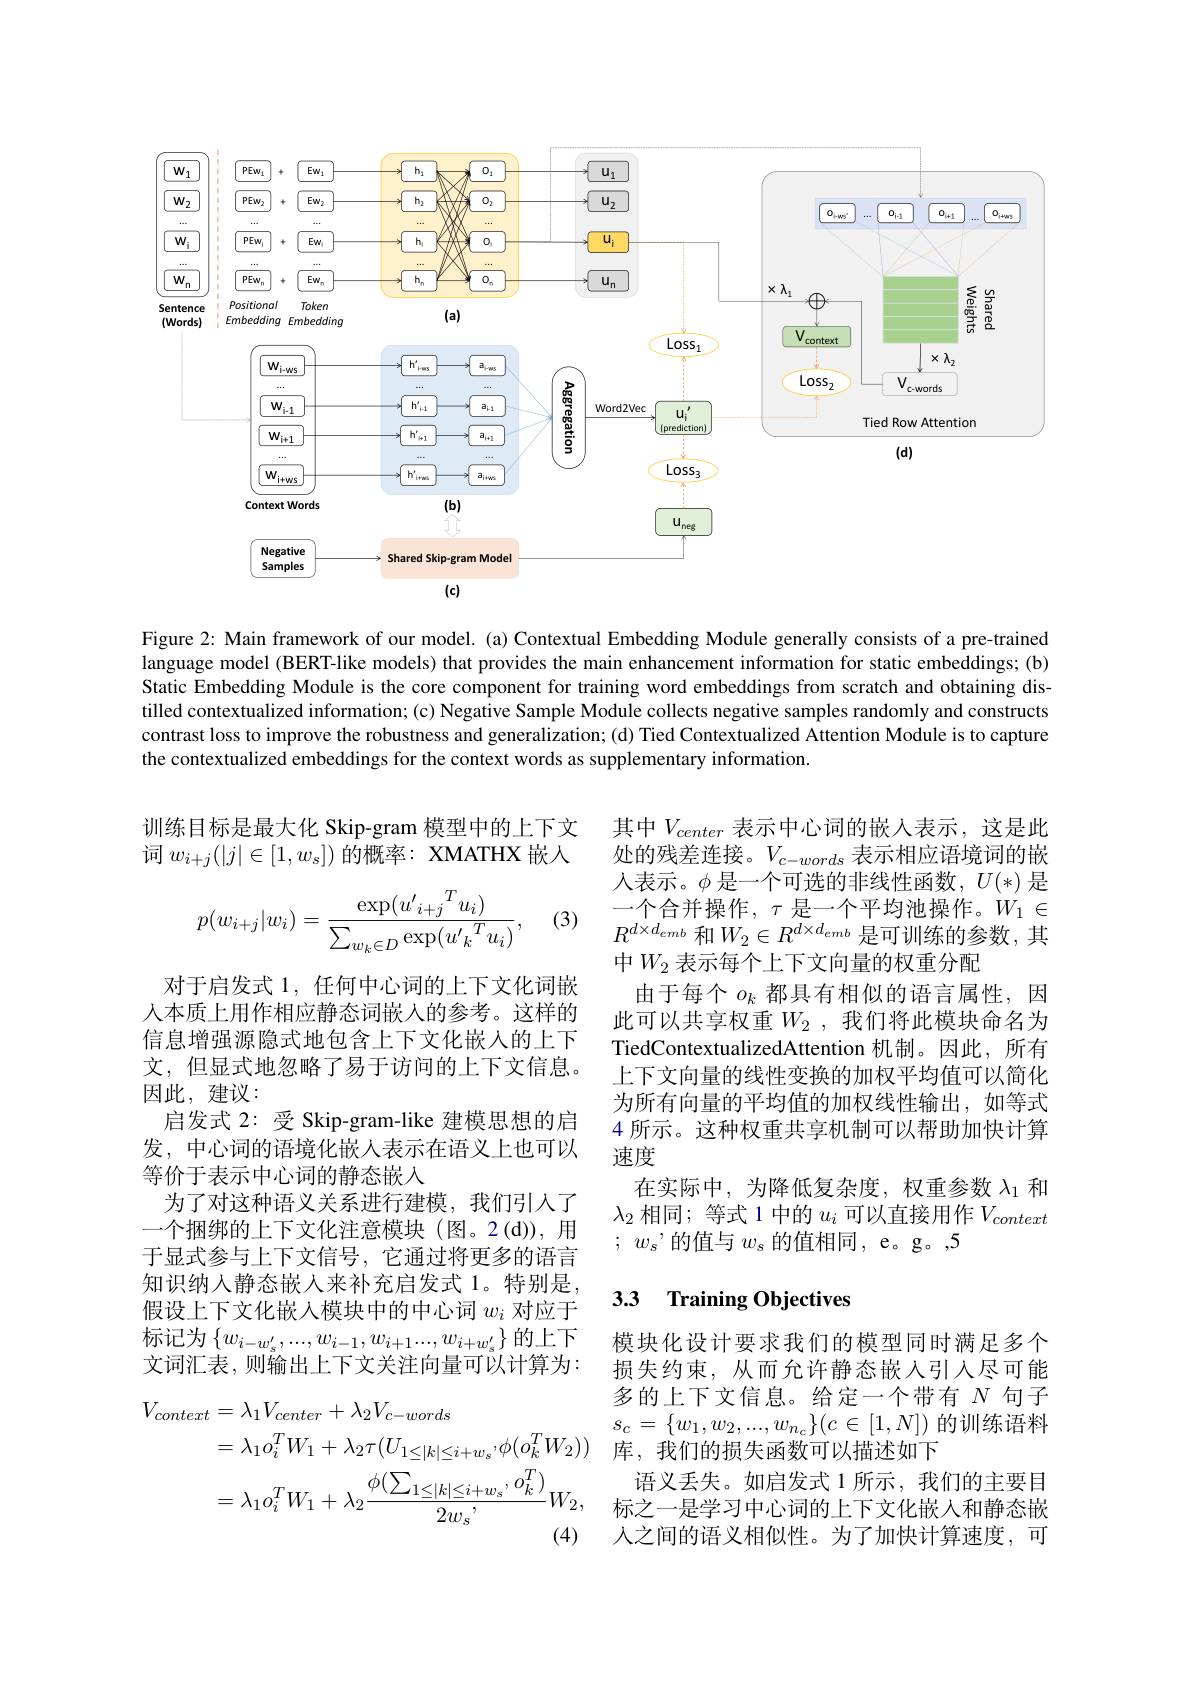
<FigureHere>

Figure 2: Main framework of our model. (a) Contextual Embedding Module generally consists of a pre-trained language model (BERT-like models) that provides the main enhancement information for static embeddings; (b) Static Embedding Module is the core component for training word embeddings from scratch and obtaining distilled contextualized information; (c) Negative Sample Module collects negative samples randomly and constructs contrast loss to improve the robustness and generalization; (d) Tied Contextualized Attention Module is to capture the contextualized embeddings for the context words as supplementary information.

训练目标是最大化 Skip-gram 模型中的上下文词$w_{i+j}(|j|\in[1,w_s])$的概率：XMATHX 嵌入

(3)
$$p(w_{i+j}|w_i)=\frac{\exp({u^{\prime}}_{i+j}{}^Tu_i)}{\sum_{w_k\in D}\exp({u^{\prime}}_k{}^Tu_i)},$$
其中$V_{center}$表示中心词的嵌入表示，这是此处的残差连接。$V_{c-words}$表示相应语境词的嵌人表示。$\phi$是一个可选的非线性函数，$U(*)$ 是一个合并操作，$\tau$是一个平均池操作。$W_1\in$ $R^{d\times d_{emb}}$ 和$W_2\in R^d\times d_{emb}$ 是可训练的参数，其中$W_2$ 表示每个上下文向量的权重分配
由于每个$o_k$都具有相似的语言属性，因此可以共享权重$W_2$ ,我们将此模块命名为TiedContextualizedAttention 机制。因此，所有上下文向量的线性变换的加权平均值可以简化为所有向量的平均值的加权线性输出，如等式4 所示。这种权重共享机制可以帮助加快计算速度
在实际中，为降低复杂度，权重参数$\lambda_{1}$和$\lambda_2$相同；等式 1 中的$u_i$可以直接用作$V_context$ $;w_s’$的值与$w_s$的值相同，e。g。,5

对于启发式 1, 任何中心词的上下文化词嵌人本质上用作相应静态词嵌入的参考。这样的信息增强源隐式地包含上下文化嵌入的上下文，但显式地忽略了易于访问的上下文信息。因此，建议：
启发式 2: 受 Skip-gram-like 建模思想的启发，中心词的语境化嵌人表示在语义上也可以等价于表示中心词的静态嵌入
为了对这种语义关系进行建模，我们引人了一个捆绑的上下文化注意模块(图。2(d)),用于显式参与上下文信号，它通过将更多的语言知识纳人静态嵌入来补充启发式 1。特别是， 假设上下文化嵌入模块中的中心词$w_i$对应于标记为$\left\{w_i-w_s^{\prime},...,w_{i-1},w_{i+1}...,w_{i+w_s^{\prime}}\right\}$的上下文词汇表，则输出上下文关注向量可以计算为：

## 3.3 Training Objectives

模块化设计要求我们的模型同时满足多个损失约束，从而允许静态嵌入引入尽可能多的上下文信息。给定一个带有$N$句子$s_c=\{w_1,w_2,...,w_{n_c}\}(c\in[1,N])$的训练语料库，我们的损失函数可以描述如下
语义丢失。如启发式 1 所示，我们的主要目标之一是学习中心词的上下文化嵌入和静态嵌人之间的语义相似性。为了加快计算速度，可
$$\begin{aligned}V_{context}&=\lambda_{1}V_{center}+\lambda_{2}V_{c-words}\\&=\lambda_{1}o_{i}^{T}W_{1}+\lambda_{2}\tau(U_{1\leq|k|\leq i+w_{s}},\phi(o_{k}^{T}W_{2}))\\&=\lambda_{1}o_{i}^{T}W_{1}+\lambda_{2}\frac{\phi(\sum_{1\leq|k|\leq i+w_{s}},o_{k}^{T})}{2w_{s}^{,}}W_{2},\end{aligned}$$